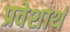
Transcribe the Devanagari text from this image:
प्रवेशार्थ